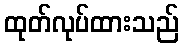
ထုတ်လုပ်ထားသည်